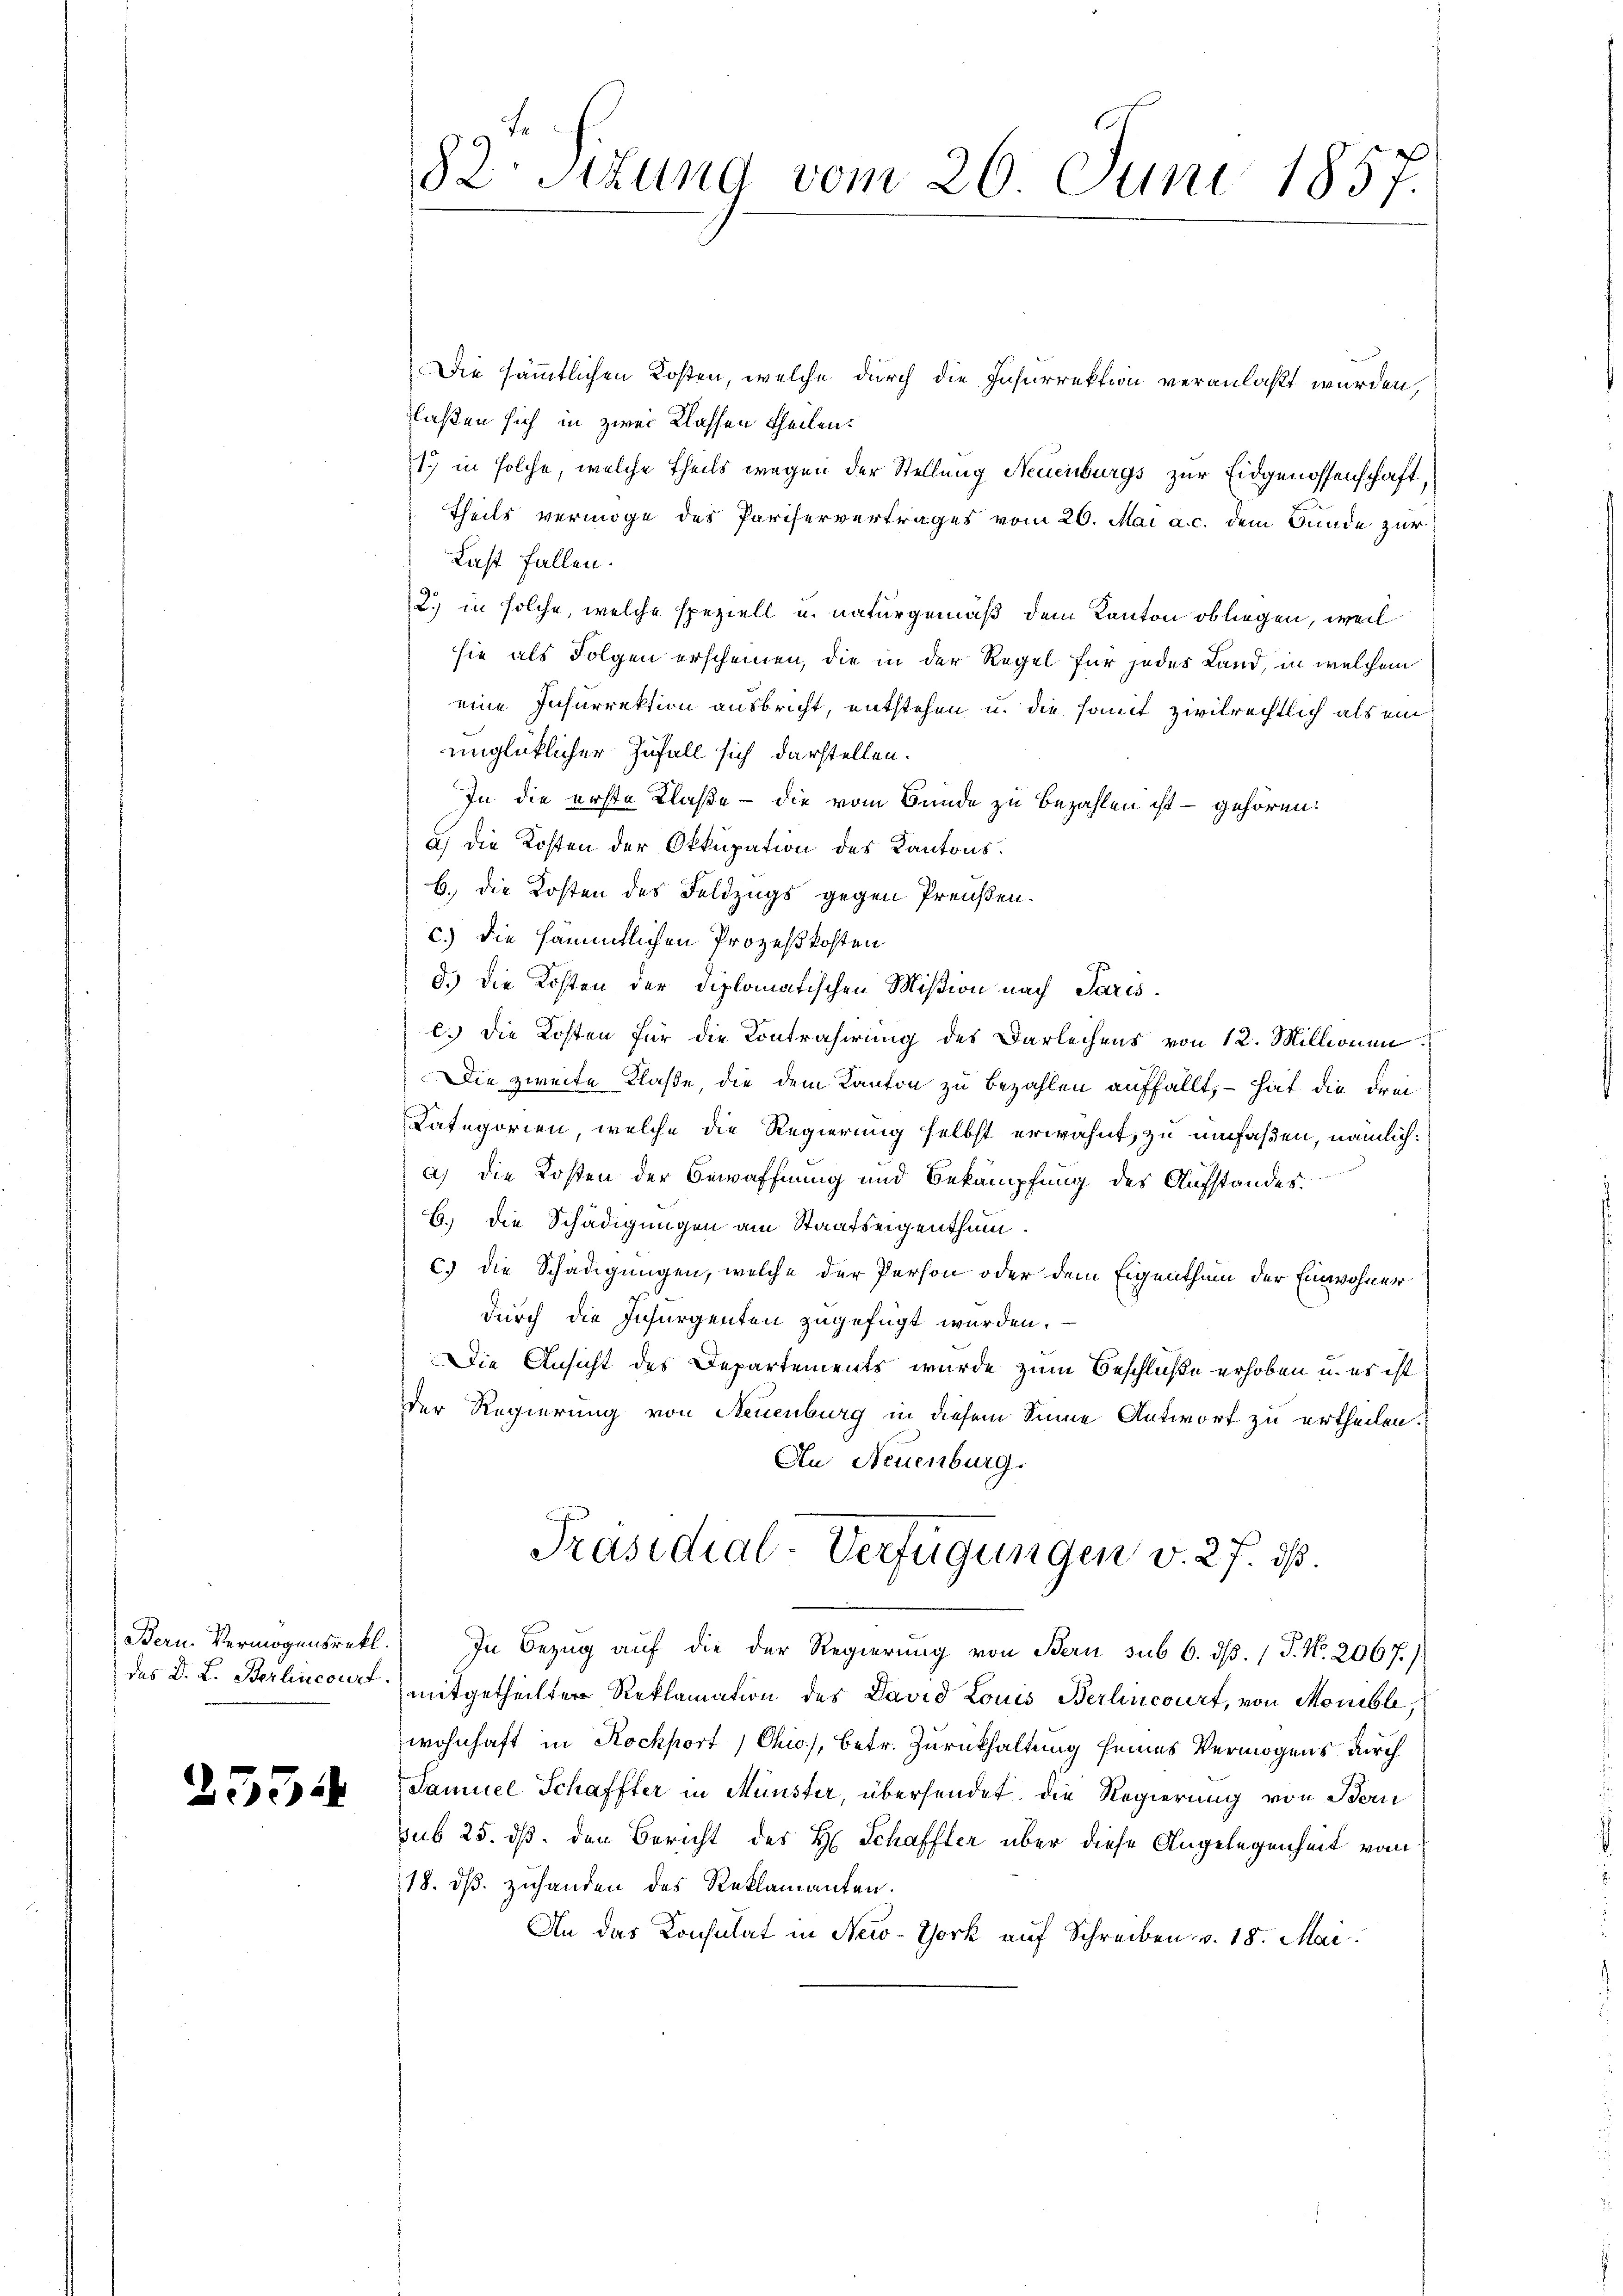
Bern. Vermögensretl.

.

2534

82. Situng vom 26. Juni 1857.

Die sämmtlichen Kosten, welche durch die Insurrektion veranlaßt wurden,
laßen sich in zwei Klassen theilen.
17 in solche, welche theils wegen der Stellung Neuenburgs zur Eidgenossenschaft,
theils vermöge des Pariservertrages vom 26. Mai a. c. dem Bunde zur
Last fallen.
2) in solche, welche speziell u. naturgemäß dem Kanton obliegen, weil
sie als Folgen erscheinen, die in der Regel für jedes Land, in welchem
eine Insurrektion ausbricht, entstehen u. die somit zivilrechtlich als ein
unglücklicher Zufall sich darstellen.
In die erste Klaße – die vom Bunde zu bezahlen ist – gehören.
a) die Kosten der Okkupation des Kantonsb. die Kosten des Feldzugs gegen Preußen.
c.) Die sämmtlichen Prozeßkosten
d.) Die Kosten der Diplomatischen Mißion nach Paris.
c.) Die Kosten für die Kontrahirung des Darleihens von 12. Millionen
Die zweite Klaße, die dem Kanton zu bezahlen auffällt, – hat die Frei¬
Kategorien, welche die Regierung selbst erwähnt, zu umfaßen, nämlich:
a) die Kosten der Bewaffnung und Bekämpfung der Aufstandes
B.) Die Schädigungen am Staatseigenthum.
c. die Schädigungen, welche der Person oder dem Eigenthum der Einwohner
durch die Insurgenten zugefügt wurden.
Die Ansicht des Departements wurde zum Beschluße erhoben u. es ist
der Regierung von Neuenburg in diesem Sinne Antwort zu urtheilen.
Au Neuenburg.
Präsidial-Verfügungen v. 27. ds.
 In Bezug auf die der Regierung von Bern sub 6. dβ. (T. No. 2067.)
des D. L. Berlincon mitgetheilter Reklamation des David Louis Berlincourt, von Monible,
wohnhaft in Rochport Chi), betr. Zurückhaltung seines Vermögens durch
Samuel Schaffter in Münster, übersendet. Die Regierung von Bern
sub 25. ds. den Bericht des H. Schaffter über diese Angelegenheit vom
18. ds. zuhanden des Reklamanten.
An das Konsulat in New-York auf Schreiben v. 18. Mai